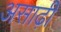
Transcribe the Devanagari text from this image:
असाढ़ी